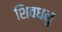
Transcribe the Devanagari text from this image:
शिवधनु